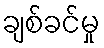
ချစ်ခင်မှု